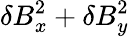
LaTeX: \delta B_{x}^{2}+\delta B_{y}^{2}